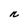
Character: n